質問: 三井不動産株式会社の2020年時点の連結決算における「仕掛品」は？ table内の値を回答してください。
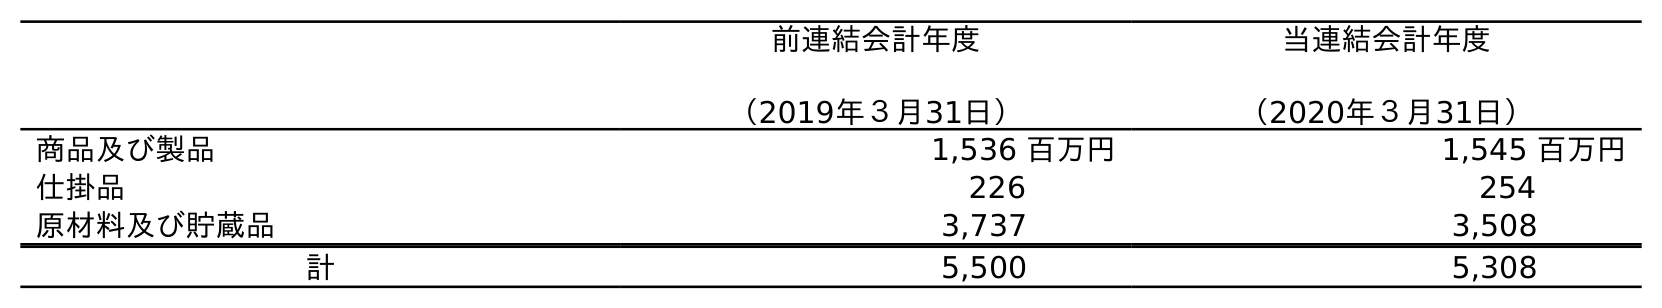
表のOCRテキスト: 前連結会計年度 （2019年３月31日） 当連結会計年度 （2020年３月31日） 商品及び製品 1,536 百万円 1,545 百万円 仕掛品 226 254 原材料及び貯蔵品 3,737 3,508 計 5,500 5,308
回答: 254